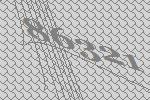
86321